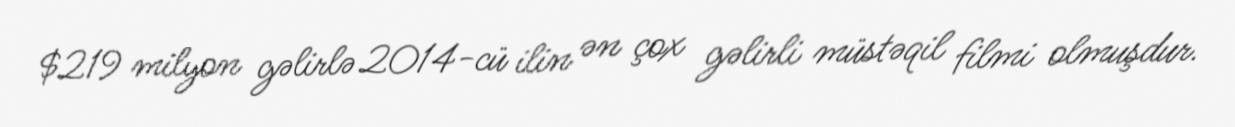
$219 milyon gəlirlə 2014-cü ilin ən çox gəlirli müstəqil filmi olmuşdur.